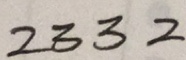
2 3 3 2